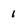
Character: 1